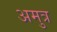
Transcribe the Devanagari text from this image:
अमुत्र